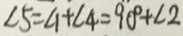
\angle 5 = \angle 1 + \angle 4 = 9 0 ^ { \circ } + \angle 2